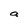
Character: a